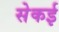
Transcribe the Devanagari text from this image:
सेकई